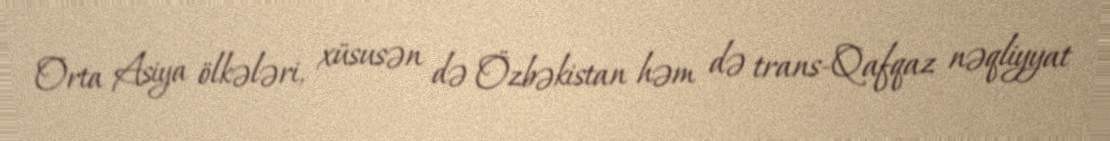
Orta Asiya ölkələri, xüsusən də Özbəkistan həm də trans-Qafqaz nəqliyyat